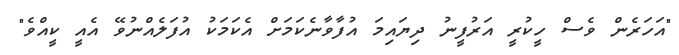
"އަހަރެން ވެސް ހީކުރީ އަރުފީނު ދިޔައިމަ އުފާވާނެކަމަށް އެކަމަކު އުފަލެއްނުވޭ އެއީ ކީއްވެ"